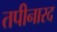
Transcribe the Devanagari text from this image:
तपीनारद